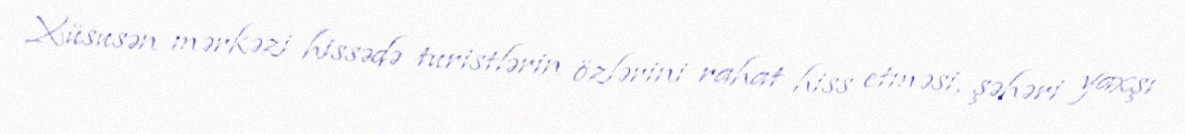
Xüsusən mərkəzi hissədə turistlərin özlərini rahat hiss etməsi, şəhəri yaxşı